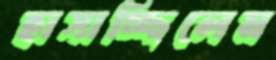
হাসাচ্ছিলেম